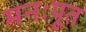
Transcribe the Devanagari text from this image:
मनःपूत